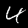
Digit: 4